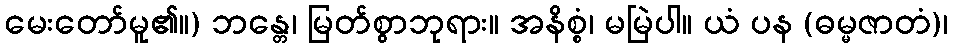
မေးတော်မူ၏။) ဘန္တေ၊ မြတ်စွာဘုရား။ အနိစ္စံ၊ မမြဲပါ။ ယံ ပန (ဓမ္မဇာတံ)၊